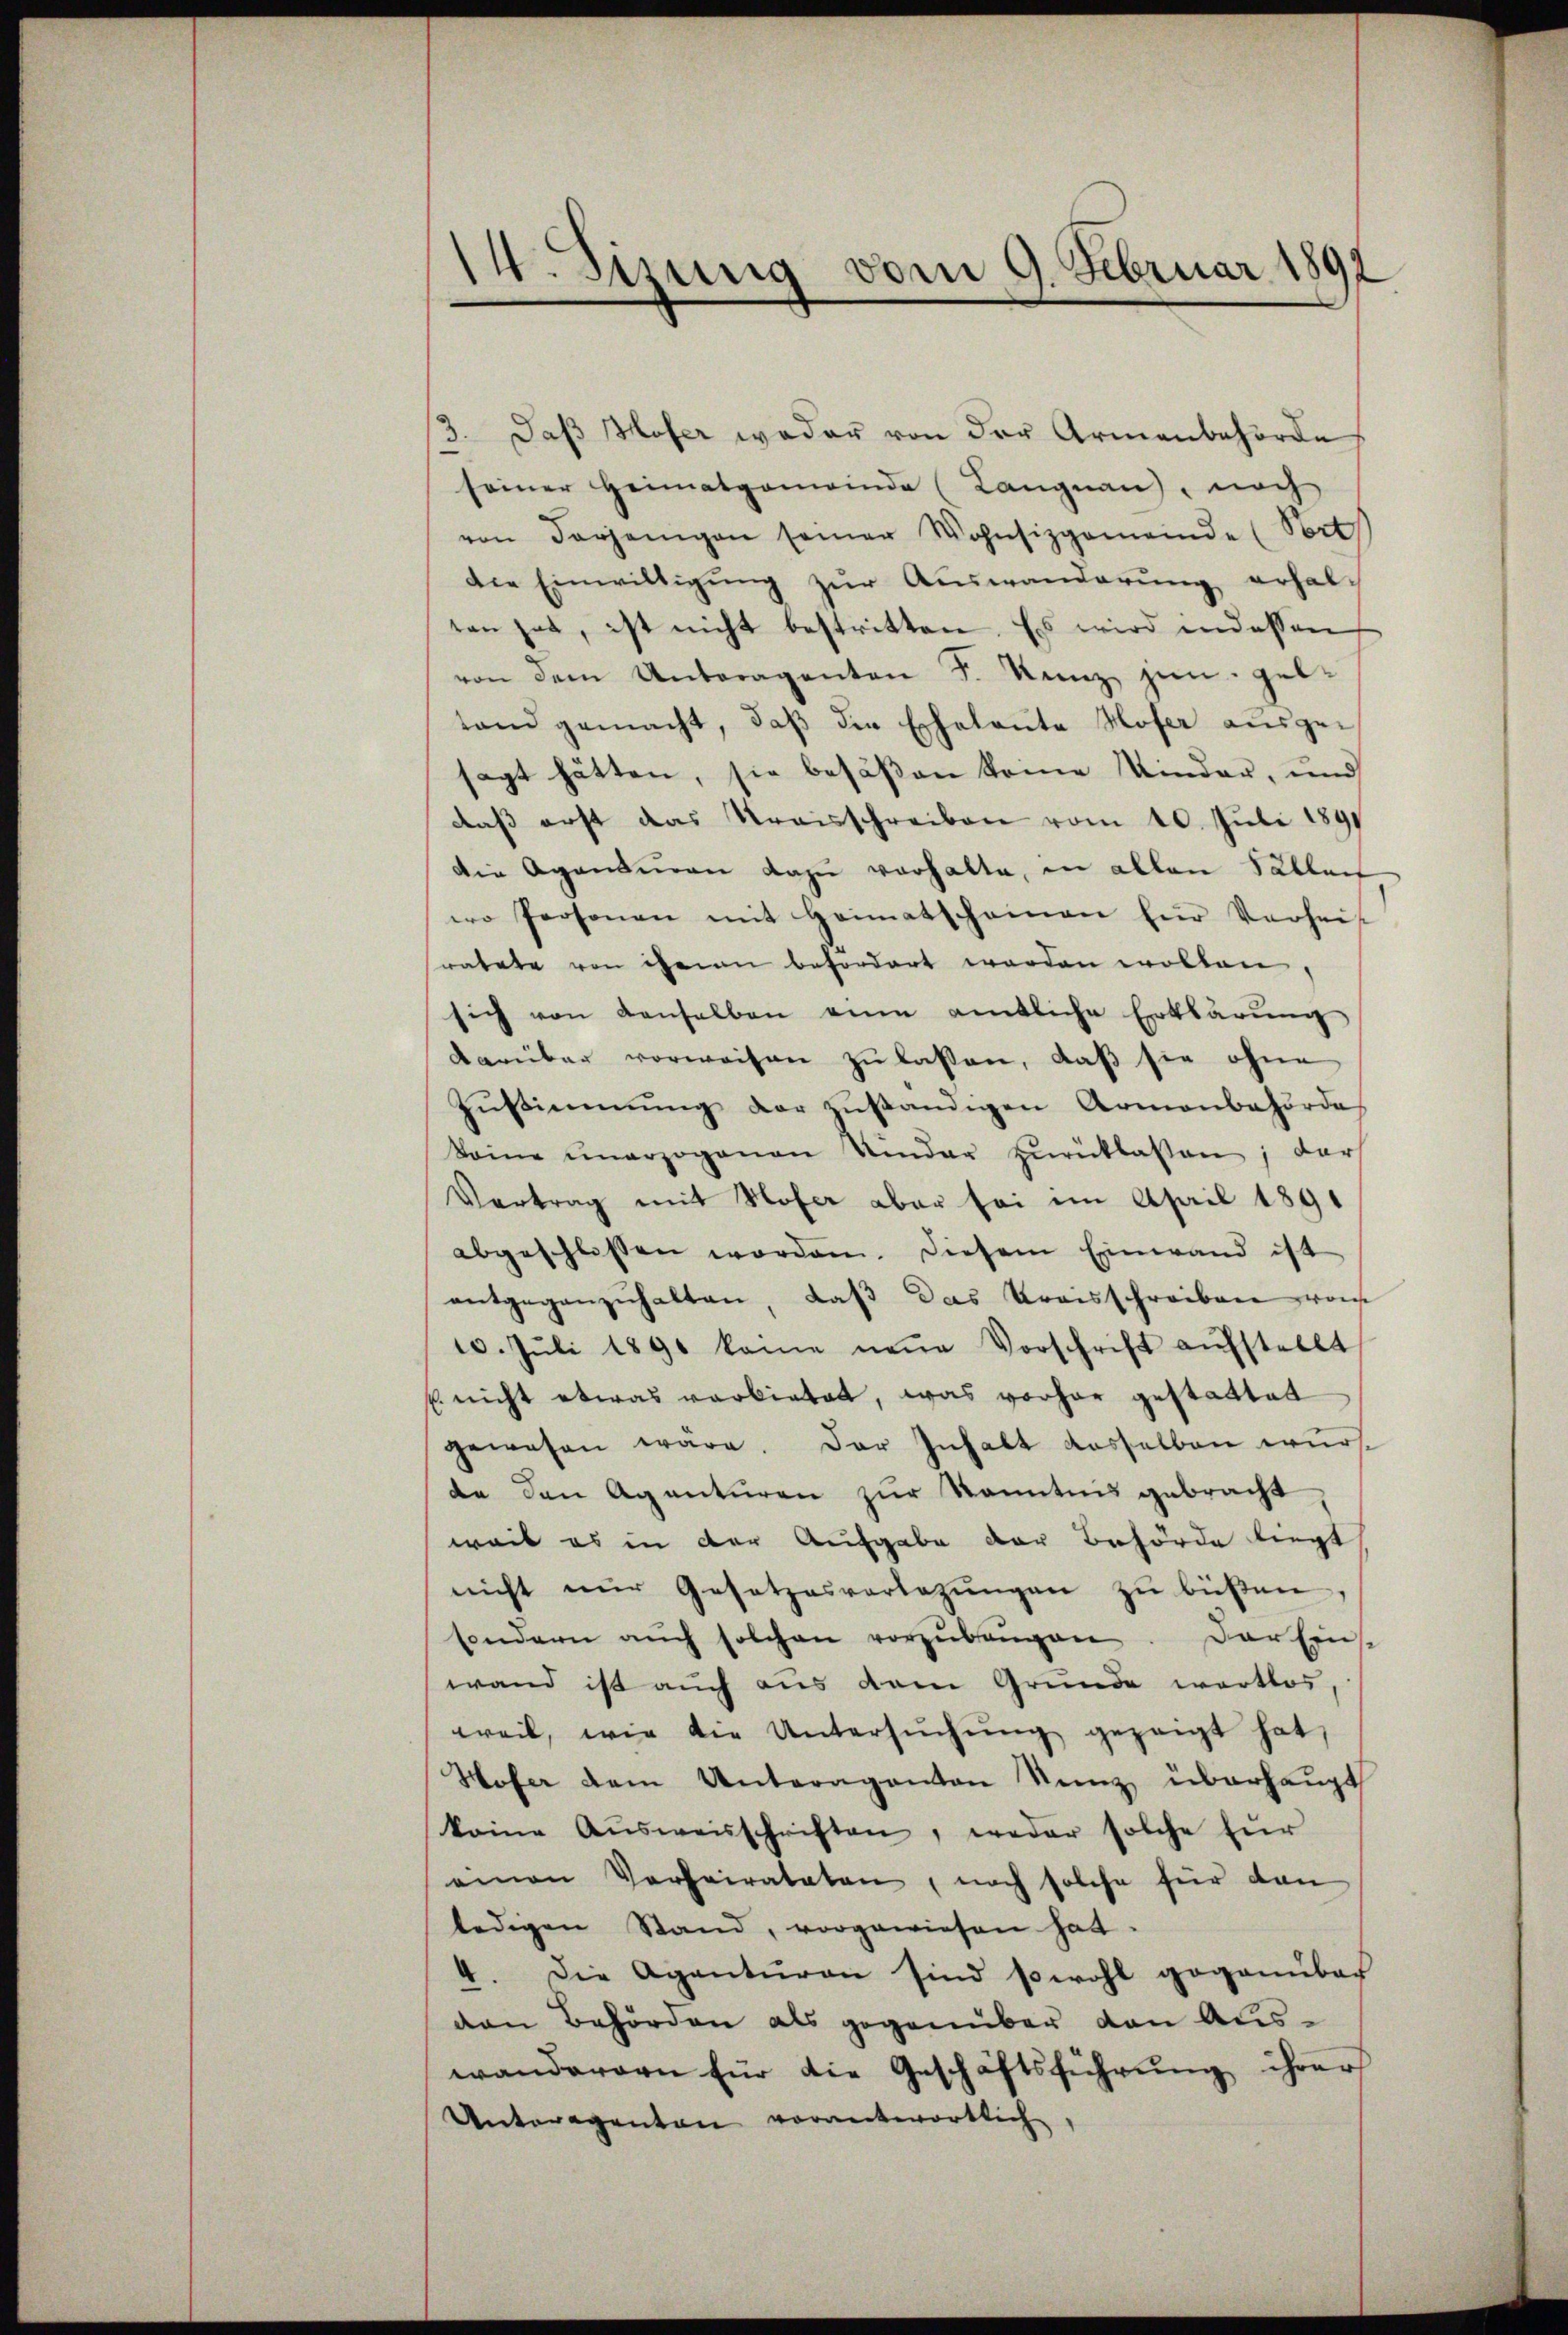
1
d. Sitzung vom 9. Februar 1892

3. Daß Hoser weder von der Armenbehörde
seiner Heimatgemeinde (Langnau, noch
von derjenigen seiner Wohnsizgemeinde (Vort
die Einwilligŭng zŭr Aŭswanderŭng erhaltan hat, ist nicht bestritten. Es wird indessen
von dem Unteragenten F. Kunz jun. geltand gemacht, daß die Echalaute Hofer ausgesagt hätten, sie besäßen kome Minder, und
daβ erst das Kreisschreiben vom 10. Juli 1891
die Agenturen dazu verhalte, in allen Sallen
eo Personen mit Heimatscheinen für Verheit
ratete von ihnen befördert werden wollen,
sich von denselben eine amtliche Erklärŭng
darüber vorweisen zu lassen, daß sie ohne
Zustimmung der zuständigen Armenbehörde
keine ŭnerzogenen Kinder zŭrücklassen; der
Vertrag mit Hofer aber sei im April 1891
abgeschlossen worden. Diesem Einwand ist
entgegenzŭhalten, daß das Kreisschreiben vom
10. Jŭli 1891 kame neŭe Vorschrift aŭfstellt
s nicht etwas verbietet, was vorher gestattet
gewesen wäre. Der Inhalt dasselben wursda den Agenturen zur Kenntnis gebracht
weil es in der Aufgabe der Behörde liegt
nicht nur Gesetzesvorlegŭngen zu büßen
sondern aŭch solchen vorzŭbeŭgen. Der Eins
wand ist auch aus dem Grunde wertlos,
weil, wie die Untersŭchŭng gezeigt hat,
Hofer dem Unteraganton Stenz überhaupt
keine Aŭsweisschriften, weder solche für
einen Verheirateten, noch solche für dan
ledigen Stand, vorgewiesen hat.
4. Die Agenturen sind sowohl gegenüber
den Behörden als gegenüber den Auswanderern für die Geschäftsführung ihrer
Unteragenten vorantwortlich,